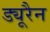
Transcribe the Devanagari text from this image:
ड्यूरैन